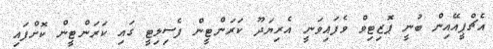
އެޗްޕީއޭއިން ބުނީ ޕޮޒިޓިވް ވެފައިވަނީ އެރިޔަދޫ ކަރަންޓީން ފެސިލިޓީ ގައި ކަރަންޓީން ކޮށްފައި